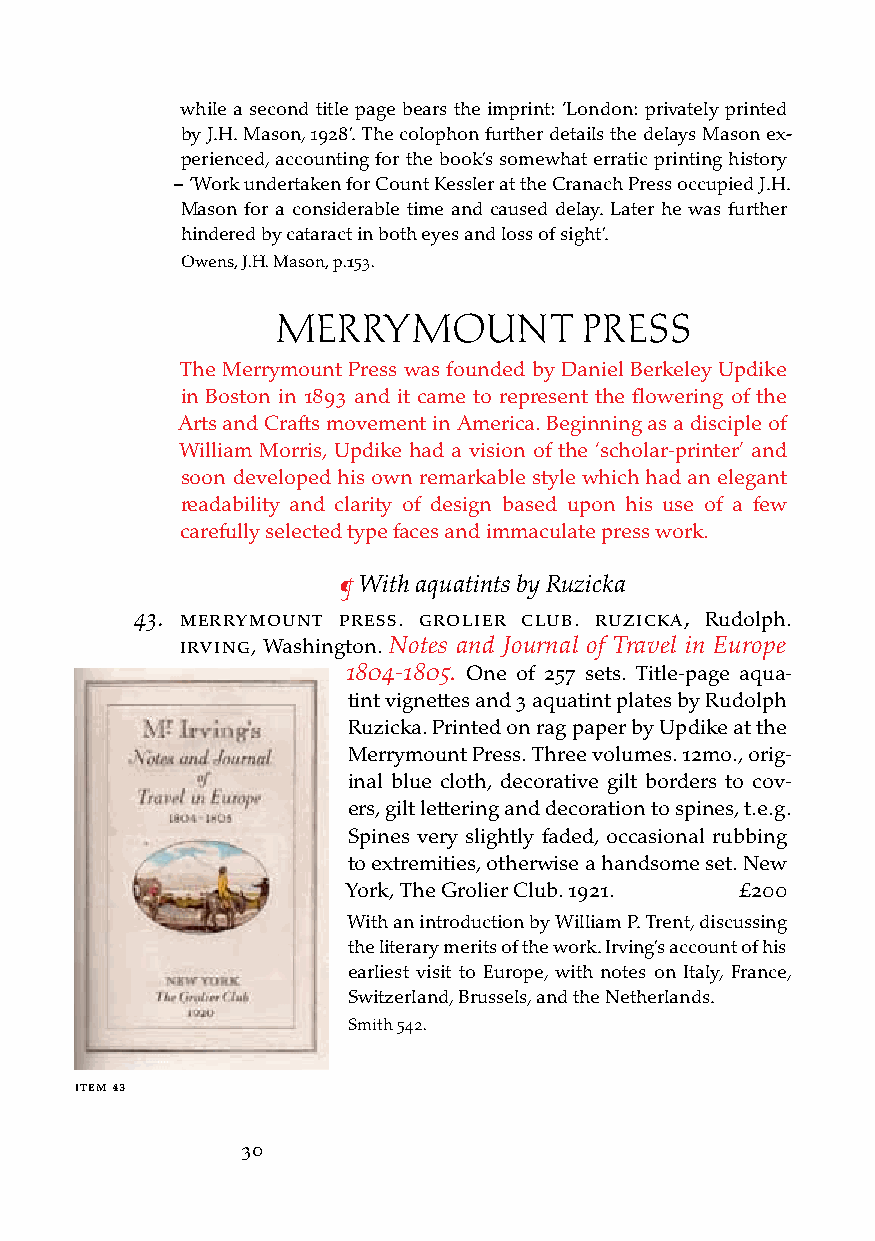
while a second title page bears the imprint: ‘London: privately printed
 by J.H. Mason, 1928’. The colophon further details the delays Mason ex-
 perienced, accounting for the book’s somewhat erratic printing history
 – ‘Work undertaken for Count Kessler at the Cranach Press occupied J.H.
 Mason for a considerable time and caused delay. Later he was further
 hindered by cataract in both eyes and loss of sight’.
 Owens, J.H. Mason, p.153.
 MERRYMOUNT           PRESS
 The Merrymount Press was founded by Daniel Berkeley Updike
 in Boston in 1893 and it came to represent the flowering of the
 Arts and Crafts movement in America. Beginning as a disciple of
 William Morris, Updike had a vision of the ‘scholar-printer’ and
 soon developed his own remarkable style which had an elegant
 readability and clarity of design based upon his use of a few
 carefully selected type faces and immaculate press work.
 ¶ With aquatints by Ruzicka
 43. MerryMount Press. grolier club. ruzicka, Rudolph.
 irving, Washington. Notes and Journal of Travel in Europe
 1804-1805. One of 257 sets. Title-page aqua-
 tint vignettes and 3 aquatint plates by Rudolph
 Ruzicka. Printed on rag paper by Updike at the
 Merrymount Press. Three volumes. 12mo., orig-
 inal blue cloth, decorative gilt borders to cov-
 ers, gilt lettering and decoration to spines, t.e.g.
 Spines very slightly faded, occasional rubbing
 to extremities, otherwise a handsome set. New
 York, The Grolier Club. 1921. £200
 With an introduction by William P. Trent, discussing
 the literary merits of the work. Irving’s account of his
 earliest visit to Europe, with notes on Italy, France,
 Switzerland, Brussels, and the Netherlands.
 Smith 542.
 iteM 43
 30